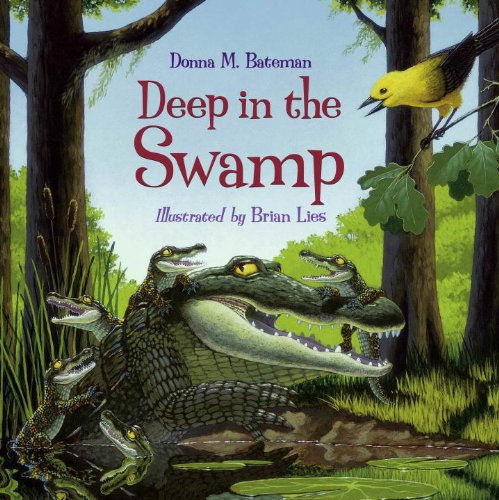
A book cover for Deep in the Swamp; Donna M. Bateman; Children's Books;